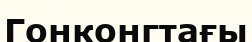
Гонконгтағы